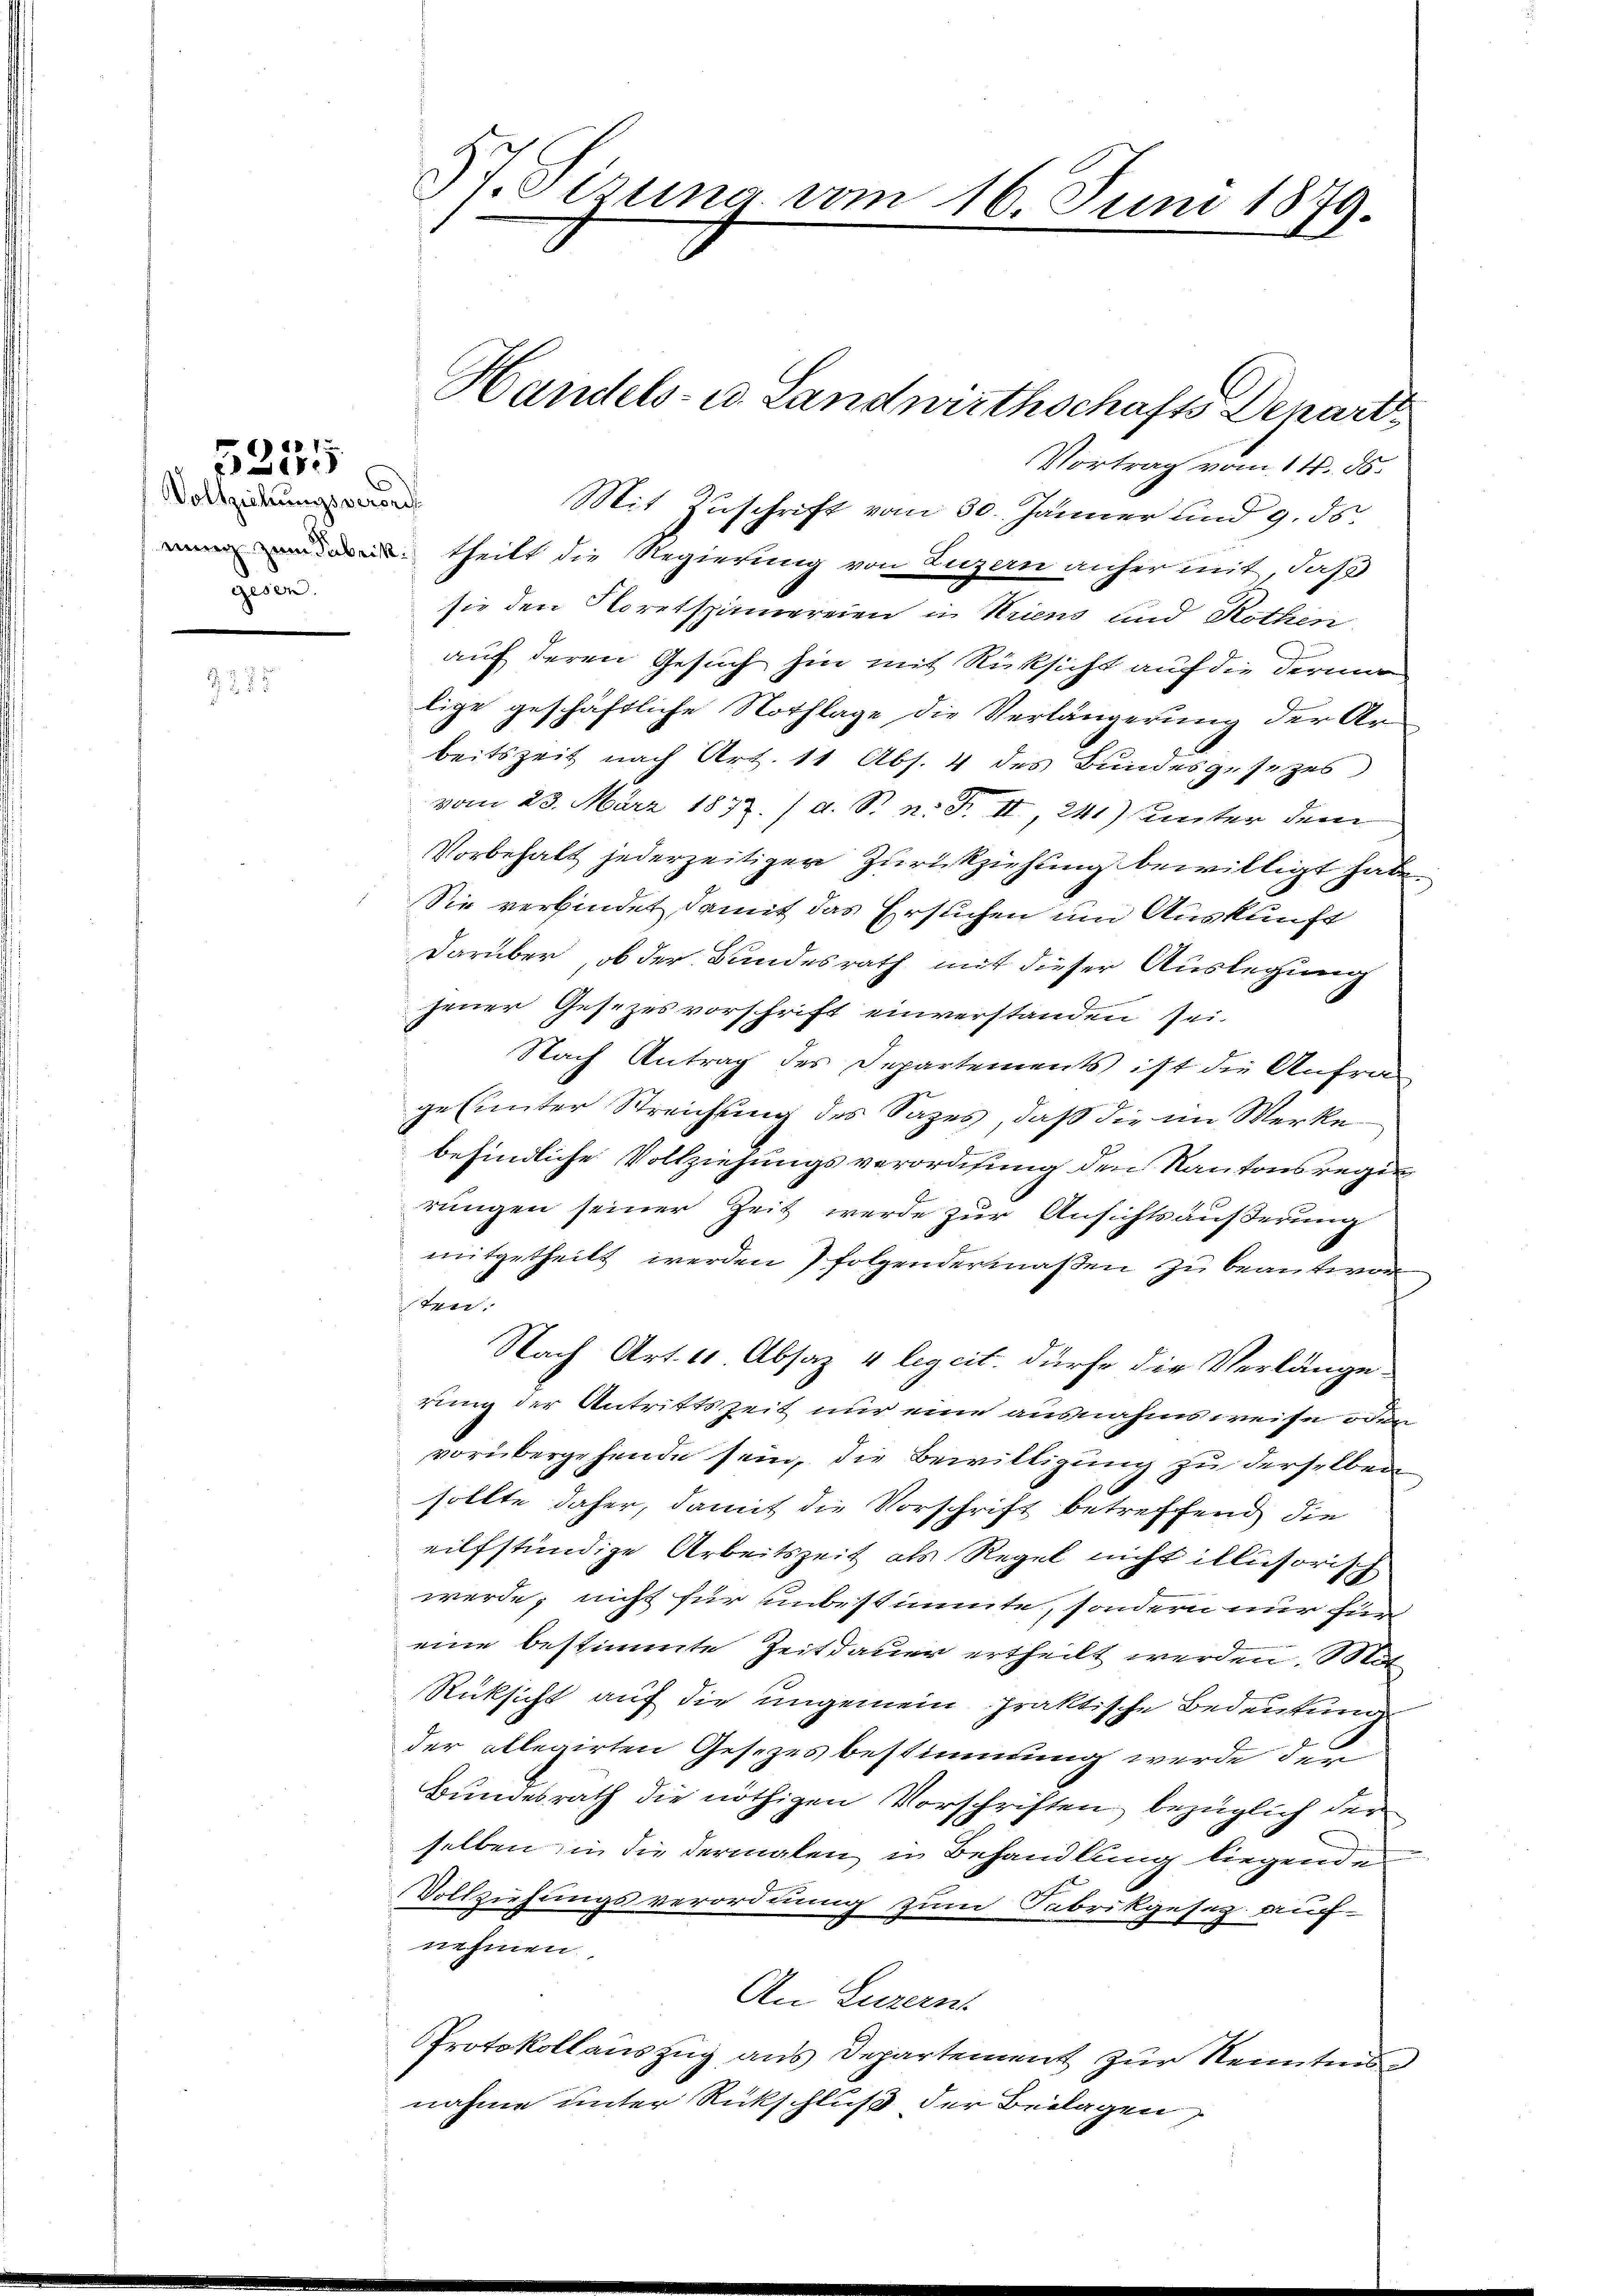
4
5205

37. Sisung vom 16. Juni 1879.
.

Vortrag vom 14. ds.
 theilt die Regierung von Luzern anher mit, daß
sie den Floretspinnereien in Kriens und Rothen
auf deren Gesuch hin mit Rücksicht auf die Ferne
lige geschäftliche Nochlage die Verlängerung der Arbeitszeit nach Art. 11 Abs. 4 des Bundesgesezes
vom 23. März 1832. /d. S. n. F. II, 241) Unter dem
Vorbehalt jederzeitiger Zurückziehung bewilligt habe.
Sie verbindet, damit das Ersuchen um Auskunft
darüber, ob der Bundesrath mit dieser Auslegung
jener Gesezesvorschrift einverstanden sei.
Nach Antrag des Departements ist die Anfragesunter Streichung des Sazes, daß die im Werke
befindliche Vollziehungsverordnung den Kantonsregen
rungen seiner Zeit werde zur Ansichtsäußerung
mitgetheilt werden folgendermaßen zu beantwor
ten.
Nach Art. 10. Absaz 4 ligeit. dürfe die Verlänge
rung der Antrittszeit nur eine ausnahmsweise oder
vorübergehende sein, die Bewilligung zu derselben
sollte daher, damit die Vorschrift betreffend die
eilfstündige Arbeitszeit als Regel nicht illusorisch
werde, nicht für unbestimmte, sondern nur für
eine bestimmte Zeitdauer ertheilt werden. Müt
Rücksicht auf die ungemein praktische Bedeutunge
der allegirten Gesezes bestimmung werde der
Bundesrath die nöthigen Vorschriften bezüglich der
selben, in die dermalen in Behandlung liegende
Vollziehungsverordnung zum Fabrikgesag auf-
nehmen
An Luzern
Protokollauszug aus Departement zur Kenntnis
nahme unter Rückschluß der Beilagen,

Vollziehungsverord
gesen.

Handels- u. Landwirthschafts Depart
Mit Zuschrift vom 30. Jänner und 9. ds.